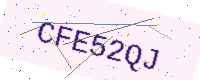
Text: CFE52QJ